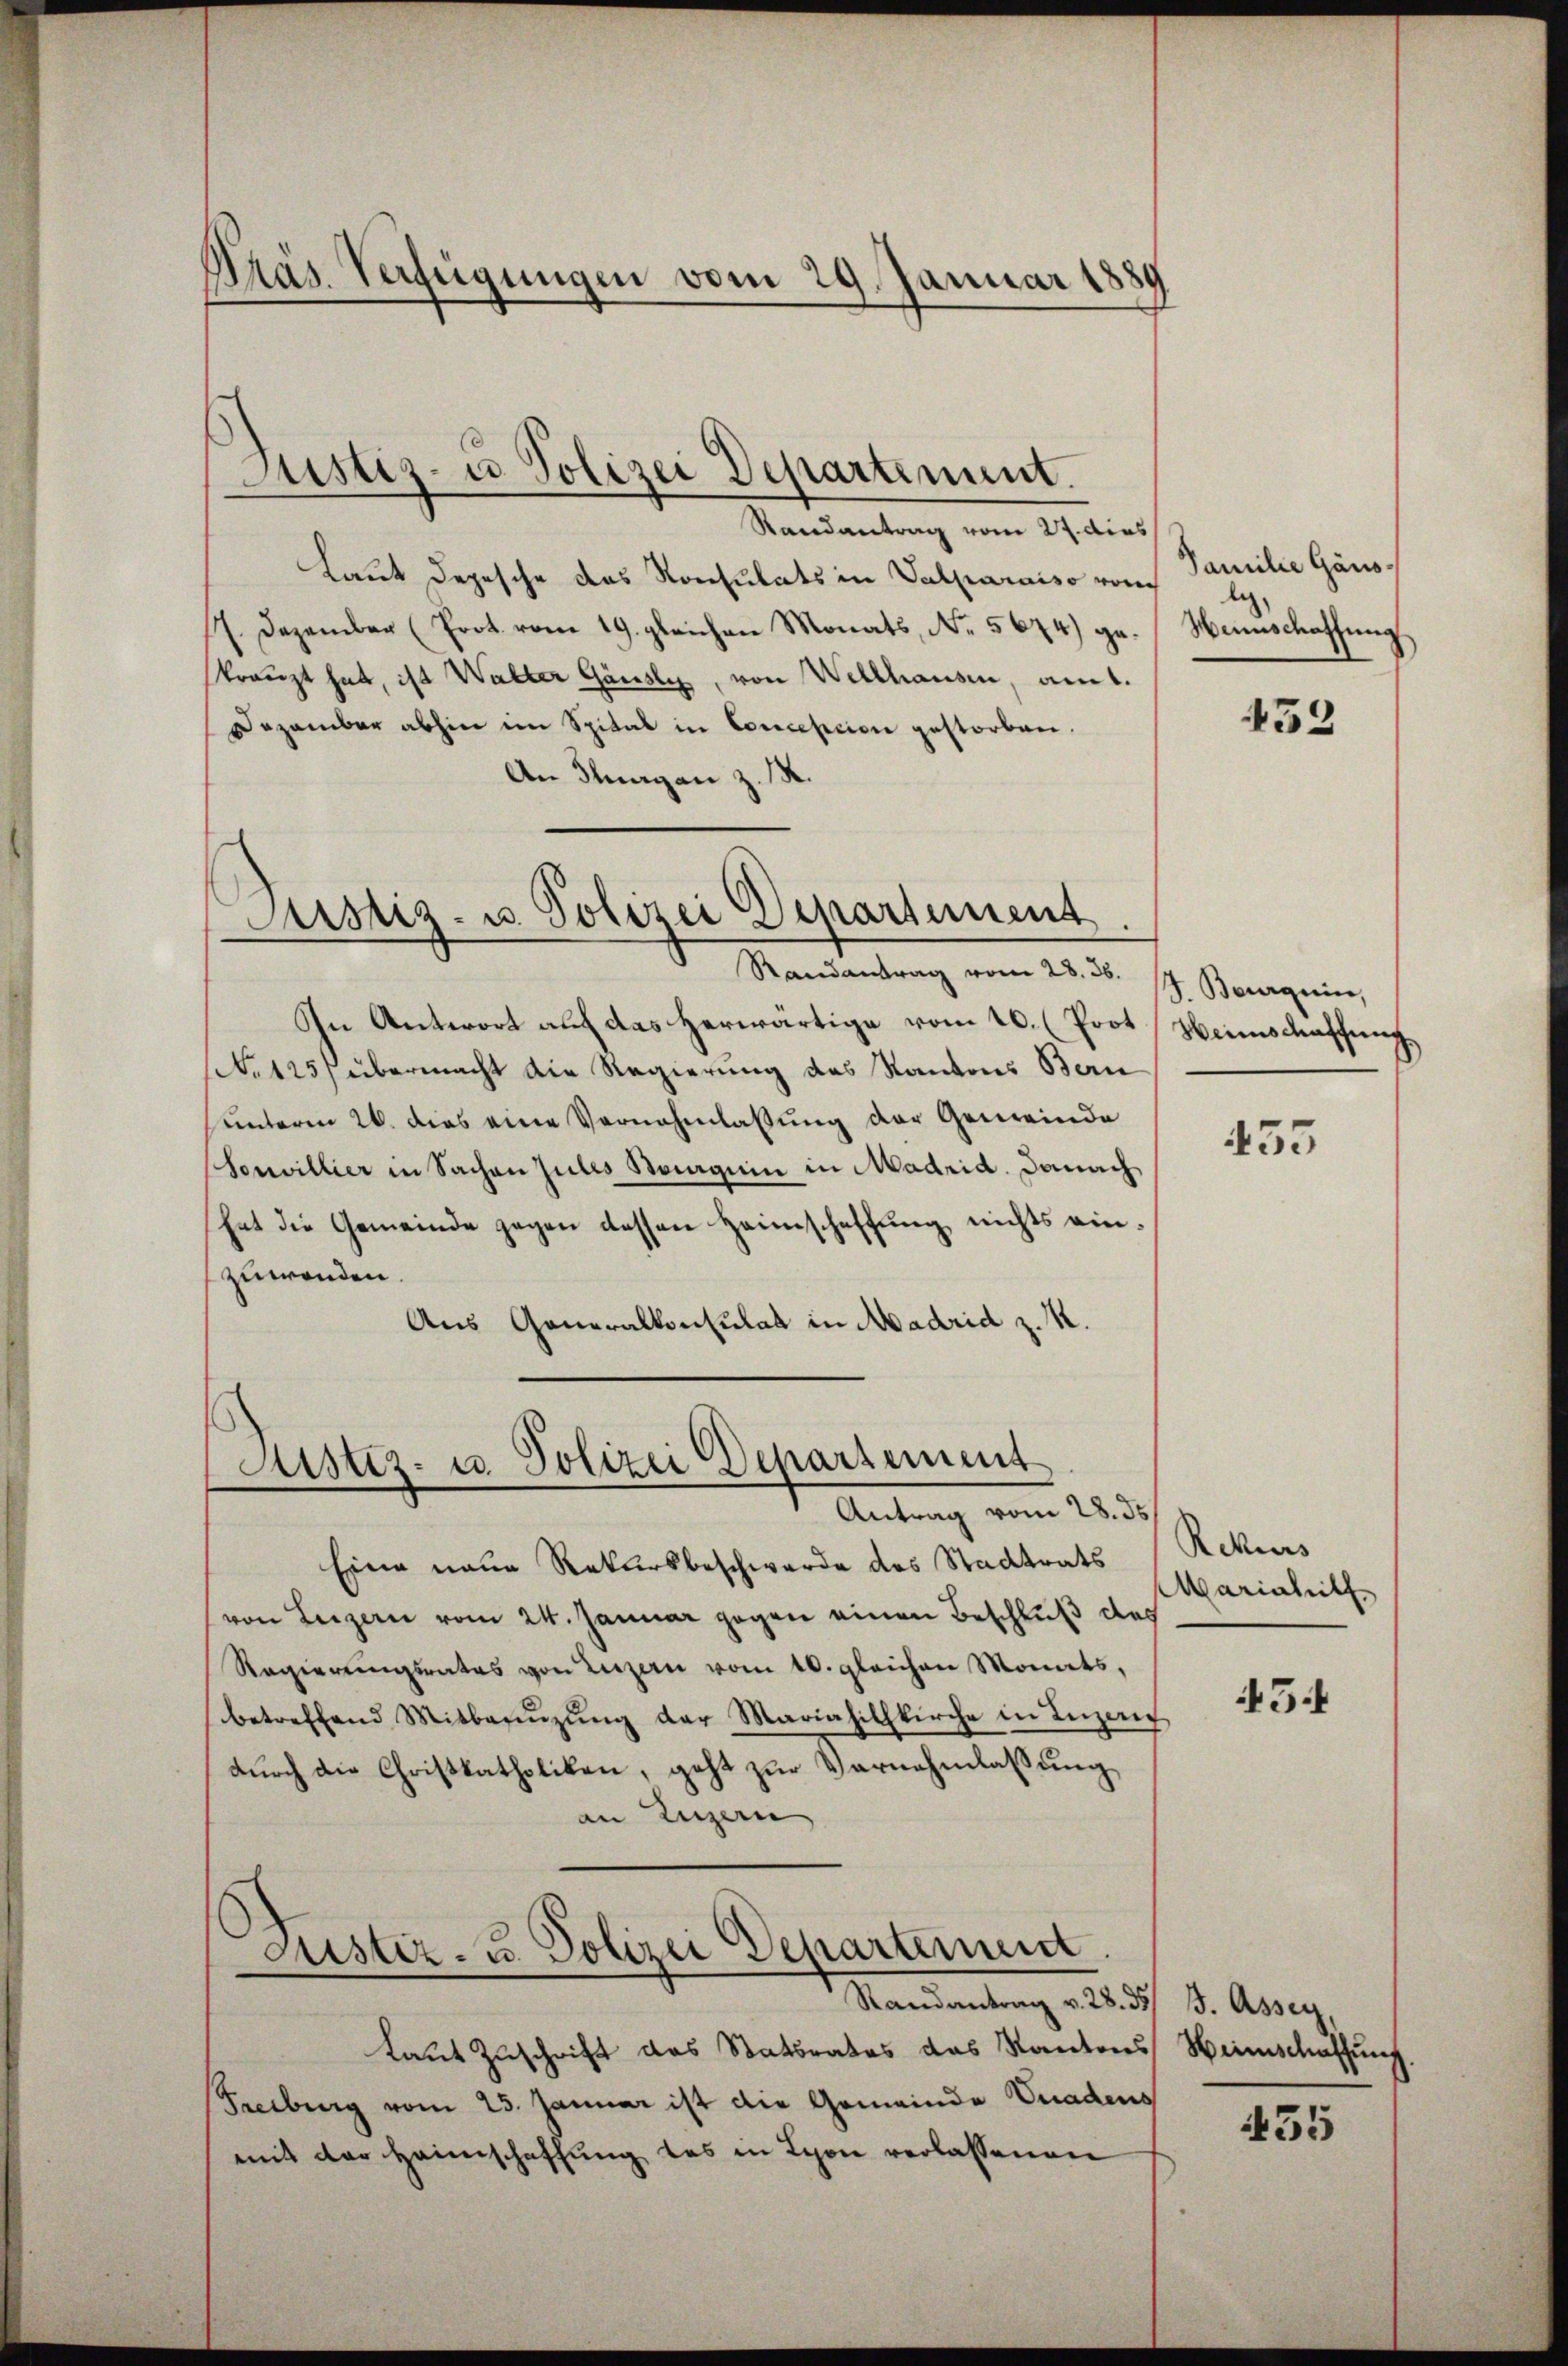
präs. Verfügungen vom 29. Januar 1889

Justiz- u. Polizei Departement.

Randantrag vom 27. dies
Laut Depesche das Konsulats in Valparaiso von
17. Dezember (Prot. vom 19. gleichen Monats, No. 5674) geskreuzt hat, ist Walter Gänsly, von Welthausen, am 1.
Dezember abhin im Spital in Conception gestorben.
An Thurgan z. R.
Randantrag vom 28. 36.
An Antwort auf das herwärtige vom 10. (Poot
No. 125 übermacht die Regierung des Kantons Bern
unterm 26. dies eine Vernahmlassung der Gemeinde
Sonvillier in Sachen Julis Saaguin in Madrid. Danach
hat die Gemeinde gegen dessen Heimschaffung nichts einzuwenden.
Aus Generalkonsulat in Madrid z. K.

Justiz- u. Polizei Departement

Justiz- u. Polizei Departement
Antrag vom 28. ds

Gustiz- u. Polizei Departement.
Randantrag v. 28. 35 J. Assey,

Eine neue Rekursbeschwerde des Stadtrats
von Luzern vom 24. Januar gegen einen Beschluß des
Regierungsrates von Luzern vom 10. gleichen Monats,
betreffend Mitbenŭzŭng der Mariahilhkirche in Inzeng
durch die Chrißkatholiken, geht zur Vernehmlassung,
an Luzern

Laut Zuschrift das Statsrates das Kantons Heimschaffung
Freiburg vom 23. Januar ist die Gemeinde Gnadens
mit der Heimschaffung das in Schon verlassenen

Familie Gänsliz.
Wennschaffung

452

J. Bourquin,
Weinschaffung

455

Rekurs
Mariahill

45

435